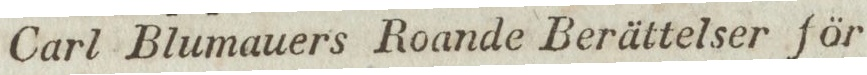
Carl Blumauers Roande Berättelser för